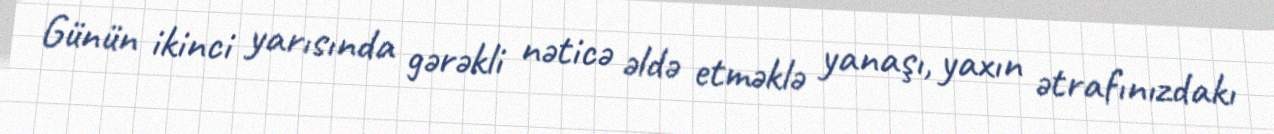
Günün ikinci yarısında gərəkli nəticə əldə etməklə yanaşı, yaxın ətrafınızdakı